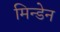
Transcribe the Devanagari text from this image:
मिन्डेन